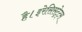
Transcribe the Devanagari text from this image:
है।इरेसिसट्रेट्स